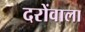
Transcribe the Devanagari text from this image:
दरोंवाला